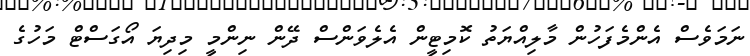
ނަމަވެސް އެންމެފަހުން މާލިއްޔަތު ކޮމިޓީން އެލެވަންސް ދޭން ނިންމީ މިދިޔަ އޯގަސްޓް މަހުގެ